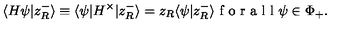
\langle H \psi | z _ { R } ^ { - } \rangle \equiv \langle \psi | H ^ { \times } | z _ { R } ^ { - } \rangle = z _ { R } \langle \psi | z _ { R } ^ { - } \rangle \textup { f o r a l l } \psi \in \Phi _ { + } .